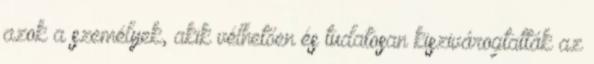
azok a személyek, akik vélhetően és tudatosan kiszivárogtatták az